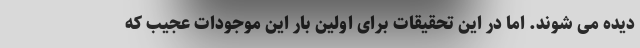
دیده می شوند. اما در این تحقیقات برای اولین بار این موجودات عجیب که